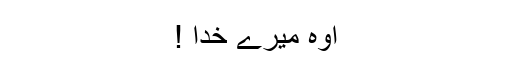
اوہ میرے خدا !